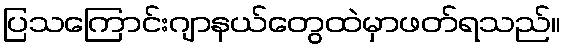
ပြသကြောင်းဂျာနယ်တွေထဲမှာဖတ်ရသည်။